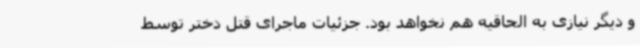
و دیگر نیازی به الحاقیه هم نخواهد بود. جزئیات ماجرای قتل دختر توسط